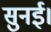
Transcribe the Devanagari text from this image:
सुनई।